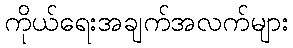
ကိုယ်ရေးအချက်အလက်များ